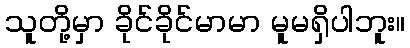
သူတို့မှာ ခိုင်ခိုင်မာမာ မူမရှိပါဘူး။